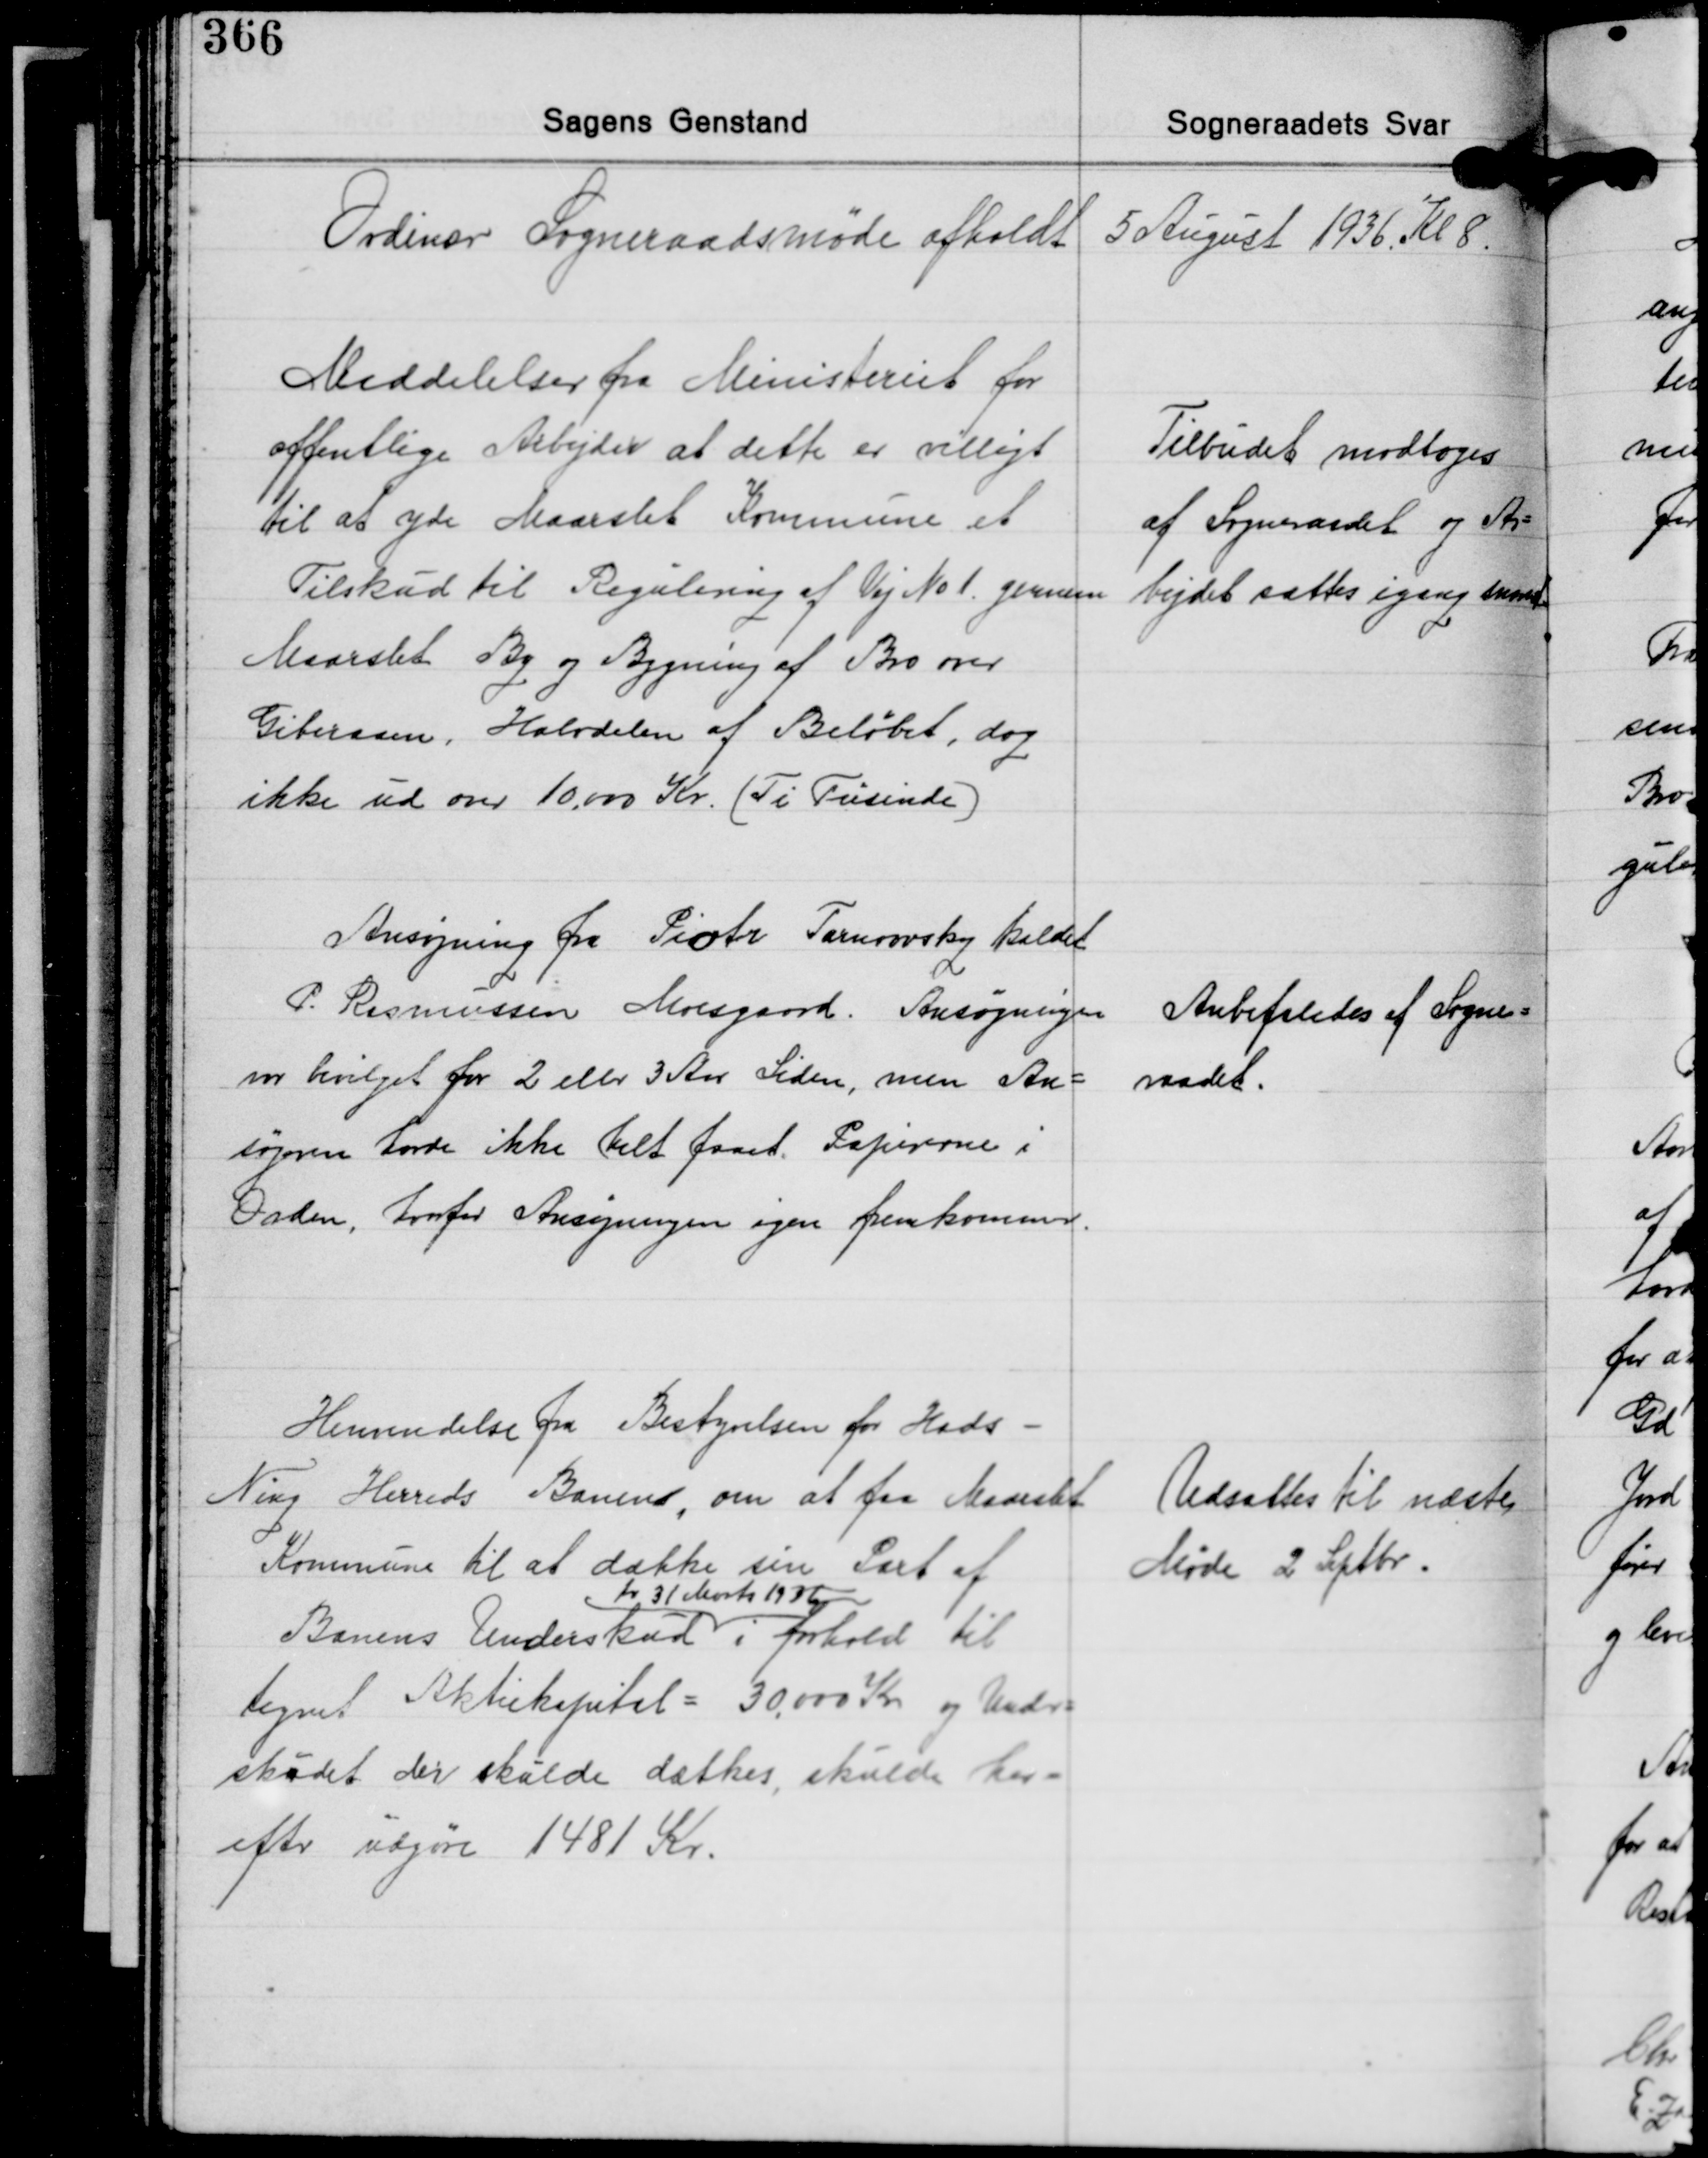
Transskription:
Ordinær Sogneraadsmøde afholdt 5 August 1936 Kl 8.

Meddelelser fra Ministeriet for
offentlige Arbejder at dette er villigt
til at yde Maarslet Kommune et
Tilskud til Regulering af Vej No 1 gennem
Maarslet By og Bygning af Bro over
Giberaaen, Halvdelen af Beløbet, dog
ikke ud over 10.000 Kr. (Ti Tusinde)

Tilbudet modtoges
af Sogneraadet og Ar-
bejdet sættes igang snarest.

Ansøgning fra Piotr Tarnowsky kaldet
P. Rasmussen Moesgaard. Ansøgningen
var bevilget for 2 eller 3 Aar Siden, men An-
søgeren havde ikke helt faaet. Papirerne i
Orden, hvorfor Ansøgningen igen fremkommer.

Anbefaledes af Sogne-
raadet.

Henvendelse fra Bestyrelsen for Hads -
Ning Herreds Banen, om at faa Maarslet
Kommune til at dække sin Part af
pr. 31 Marts 1936
Banens Underskud i forhold til
tegnet Aktiekapital = 30.000 Kr. og Under-
skudet der skulde dækkes, skulde her-
efter udgøre 1481 Kr.

Udsattes til næste
Møde 2 Sptbr.